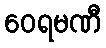
ဝေရမဏီ